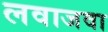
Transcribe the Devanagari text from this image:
लवाजवा